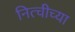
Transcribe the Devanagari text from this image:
नित्चीच्या